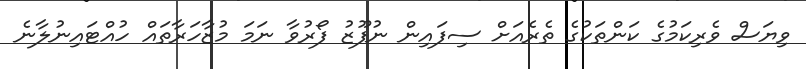
ވިޔަސް ވެރިކަމުގެ ކަންތަކުގެ ތެރެއަށް ސިފައިން ނުފޫޒު ފޯރުވާ ނަމަ މުޒާހަރާތައް ހުއްޓައިނުލާނެ